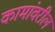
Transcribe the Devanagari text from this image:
कामांवरील